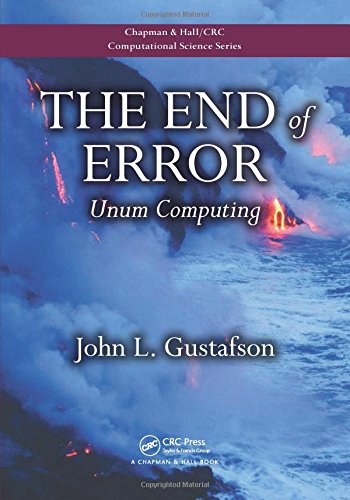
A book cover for The End of Error: Unum Computing (Chapman & Hall/CRC Computational Science); John L. Gustafson; Science & Math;